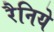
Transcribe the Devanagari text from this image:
रैनिये